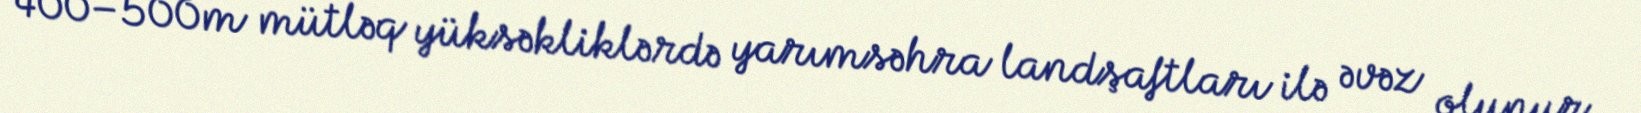
400–500m mütləq yüksəkliklərdə yarımsəhra landşaftları ilə əvəz olunur.